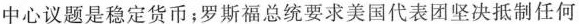
中心议题是稳定货币；罗斯福总统要求美国代表团坚决抵制任何